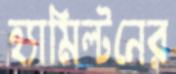
হ্যামিল্টনের